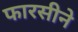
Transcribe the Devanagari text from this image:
फारसीने